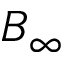
B _ { \infty }